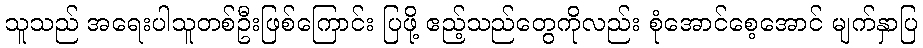
သူသည် အရေးပါသူတစ်ဦးဖြစ်ကြောင်း ပြဖို့ ဧည့်သည်တွေကိုလည်း စုံအောင်စေ့အောင် မျက်နှာပြ